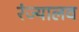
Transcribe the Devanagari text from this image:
रंज्यालव